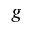
g